Report on vaccination in Madras 1877-1894 - 1877-1894
Year: 1877
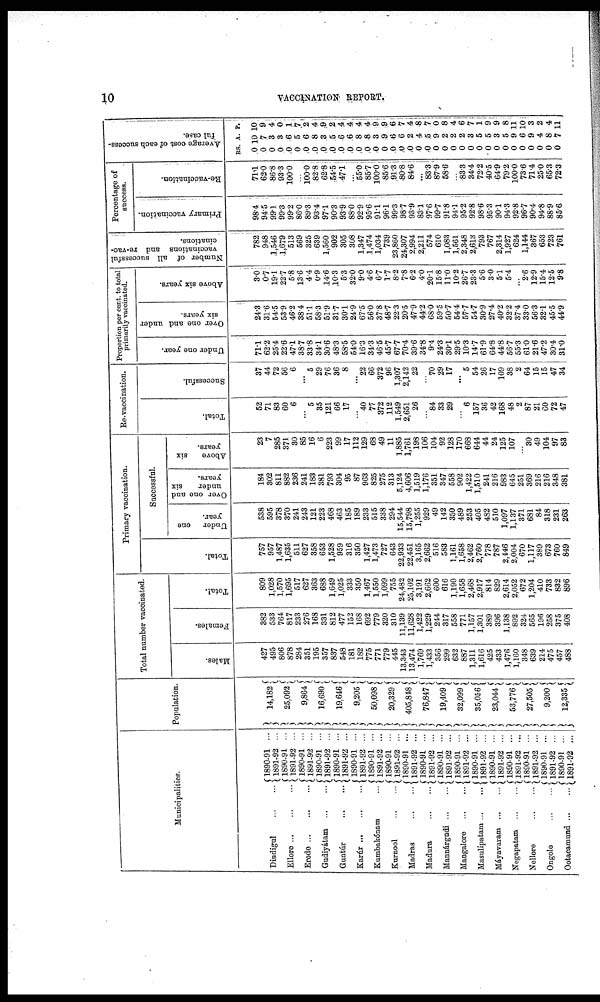
10
VACCINATION REPORT.
Municipalities.
Dindigul
...
...
Ellore
...
...
...
Erode
Gudiyátam
...
...
Guntúr
...
...
Karkúr ... ... ...
Kumbakónam ...
Kurnool
...
...
Madras
...
...
Madura
...
...
Mannárgudi
...
...
Mangalore
...
...
Masulipatam
...
...
Máyavaram
...
...
Negapatam
...
...
Nellore
...
...
Ongole
...
...
Ootacamund
...
...
1890-91 ...
1891-92 ...
1890-91 ...
1891-92 ...
1890-91 ...
1891-92 ...
1890-91 ...
1891-92 ...
1890-91 ...
1891-92 ...
1890-91 ...
1891-92 ...
1890-91 ...
1891-92 ...
1890-91 ...
1891-92 ...
1890-91 ...
1891-92 ...
1890-91 ...
1891-92 ...
1890-91 ...
1891-92 ...
1890-91 ...
1891-92 ...
1890-91 ...
1891-92 ...
1890-91 ...
1891-92 ...
1890-91 ...
1891-92 ...
1890-91 ...
1891-92 ...
1890-91 ...
1891-92 ...
1890-91 ...
1891-92 ...
Population.
14,182
25,092
9,864
16,690
19,646
9,205
50,098
20,329
405,848
76,847
19,409
32,099
35,056
23,044
53,776
27,505
9,200
12,335
Total number vaccinated.
Males.
427
495
806
878
284
351
195
357
837
548
181
182
775
771
779
445
13,343
13,474
1,769
1,433
356
299
632
887
1,311
1,616
425
433
1,476
1,160
348
639
214
475
457
488
Females.
382
533
764
817
233
276
168
331
812
477
152
168
692
779
320
310
11,139
11,628
1,422
1,229
244
317
558
771
1,157
1,301
389
396
1,138
892
324
565
196
258
375
408
Total.
809
1,028
1,570
1,695
517
627
363
688
1,649
1,025
333
350
1,467
1,550
1,099
755
24,482
25,102
3,191
2,662
600
616
1,190
1,658
2,468
2,917
814
829
2,614
2,052
672
1,204
410
733
832
896
Primary vaccination.
Total.
757
957
1,487
1,635
511
627
358
653
1,528
959
316
350
1,427
1,473
727
643
22,933
22,451
3,165
2,662
516
583
1,161
1,658
2,462
2,760
778
787
2,446
2,004
670
1,117
389
673
760
849
Successful.
Under one
year.
538
595
378
370
241
243
121
223
468
463
185
189
233
515
338
294
15,544
15,798
1,255
929
49
142
350
489
253
405
482
510
1,097
1,137
371
681
84
318
231
263
Over one and
under
six
years.
184
302
811
882
236
241
183
381
793
304
95
87
963
825
275
313
5,124
4,606
1,519
1,176
351
347
558
902
1,422
1,510
241
216
983
645
251
369
216
216
348
381
Above
six
years.
23
7
285
371
30
85
16
6
223
99
17
112
129
68
49
11
1,885
1,761
198
106
104
92
128
170
668
644
44
24
125
107
...
30
49
104
97
83
Re-vaccination.
Total.
52
71
83
60
6
...
5
35
121
66
17
...
40
77
372
112
1,549
2,651
26
...
84
33
29
...
6
157
36
42
168
48
2
87
21
60
72
47
Successful.
37
44
72
56
6
...
5
29
76
36
8
...
22
66
372
96
1,307
2,142
22
...
70
29
17
...
5
54
26
17
109
38
2
64
15
15
47
34
Proportion per cent. to total
primarily vaccinated.
Under one year.
71.1
62.2
25.4
22.6
47.1
38.7
33.8
34.1
30.6
48.3
58.5
54.0
16.3
34.3
46.5
45.7
67.7
70.4
39.6
34.8
9.4
24.3
30.1
295
10.3
14.7
61.9
64.8
44.8
56.7
55.3
61.0
21.6
47.2
30.4
31.0
Over one and under
six years.
24.3
31.6
54.5
53.9
46.2
38.4
51.1
58.3
51.9
31.7
30.1
24.9
67.5
56.0
37.8
48.7
22.3
20.5
47.9
44.2
68.0
59.5
50.7
54.4
57.7
54.7
30.9
27.4
40.2
32.2
37.4
33.0
56.3
32.1
45.5
44.9
Above six years.
3.0
0.7
19.1
22.7
5.8
13.6
4.4
0.9
14.6
10.3
5.3
32.0
9.0
4.6
6.7
1.7
8.2
7.8
6.2
4.0
20.1
15.8
11.0
10.2
26.7
23.3
5.6
3.0
5.1
5.4
...
2.6
12.9
15.4
12.5
9.8
Number of all successful
vaccinations and re-vac-
cinations.
782
948
1,546
1,679
513
569
325
639
1,560
902
305
308
1,347
1,474
1,034
739
23,860
24,307
2,994
2,211
574
610
1,083
1,561
2,348
2,613
793
767
2,314
1,927
624
1,144
367
653
723
761
Percentage of
success.
Primary vaccination.
98.4
94.5
99.1
99.3
99.2
86.0
89.3
93.4
97.1
90.3
93.9
88.0
92.9
95.6
91.1
96.1
99.3
98.7
93.9
83.1
97.6
99.7
91.8
94.1
95.2
92.8
98.6
95.3
90.1
94.3
92.8
96.7
90.4
94.8
88.9
85.6
Re-vaccination.
71.1
62.0
86.8
93.3
100.0
...
100.0
82.8
62.8
54.5
47.1
...
55.0
85.7
100.0
85.6
91.3
80.8
84.6
...
83.3
87.9
58.6
...
83.3
34.4
72.2
40.5
64.9
79.2
100.0
73.6
71.4
25.0
65.3
72.3
Average cost of each success-
ful case.
RS.
0
0
0
0
0
0
0
0
0
0
0
0
0
0
0
0
0
0
0
0
0
0
0
0
0
0
0
0
0
0
0
0
0
0
0
0
A.
10
7
3
3
6
5
6
8
3
5
6
6
8
8
3
9
6
6
2
4
5
9
2
2
2
3
5
5
3
5
9
6
9
4
8
7
P.
10
9
4
0
1
7
2 4
9
2
4
4
4
4
9
9
6
7
4
8
7
0
8
4
6
7
1
9
9
8
11
10
3
2
4
11